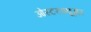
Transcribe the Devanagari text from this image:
ओस्टरफ्यूअर